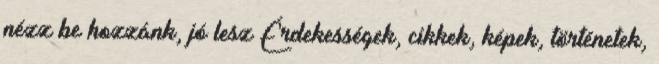
nézz be hozzánk, jó lesz Érdekességek, cikkek, képek, történetek,